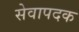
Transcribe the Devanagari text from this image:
सेवापदक